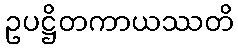
ဥပဋ္ဌိတကာယဿတိ